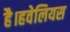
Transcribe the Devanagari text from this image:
है।हवेलियस